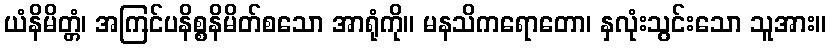
ယံနိမိတ္တံ၊ အကြင်ပနိစ္စနိမိတ်စသော အာရုံကို။ မနသိကရောတော၊ နှလုံးသွင်းသော သူအား။